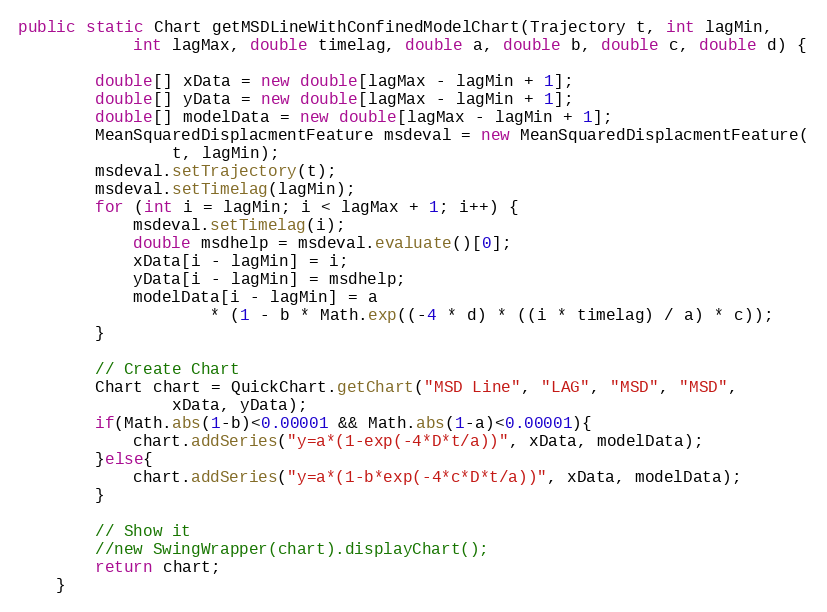
Language: Java
public static Chart getMSDLineWithConfinedModelChart(Trajectory t, int lagMin,
			int lagMax, double timelag, double a, double b, double c, double d) {

		double[] xData = new double[lagMax - lagMin + 1];
		double[] yData = new double[lagMax - lagMin + 1];
		double[] modelData = new double[lagMax - lagMin + 1];
		MeanSquaredDisplacmentFeature msdeval = new MeanSquaredDisplacmentFeature(
				t, lagMin);
		msdeval.setTrajectory(t);
		msdeval.setTimelag(lagMin);
		for (int i = lagMin; i < lagMax + 1; i++) {
			msdeval.setTimelag(i);
			double msdhelp = msdeval.evaluate()[0];
			xData[i - lagMin] = i;
			yData[i - lagMin] = msdhelp;
			modelData[i - lagMin] = a
					* (1 - b * Math.exp((-4 * d) * ((i * timelag) / a) * c));
		}

		// Create Chart
		Chart chart = QuickChart.getChart("MSD Line", "LAG", "MSD", "MSD",
				xData, yData);
		if(Math.abs(1-b)<0.00001 && Math.abs(1-a)<0.00001){
			chart.addSeries("y=a*(1-exp(-4*D*t/a))", xData, modelData);
		}else{
			chart.addSeries("y=a*(1-b*exp(-4*c*D*t/a))", xData, modelData);
		}

		// Show it
		//new SwingWrapper(chart).displayChart();
		return chart;
	}